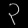
Digit: ၃